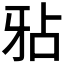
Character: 𤘇